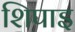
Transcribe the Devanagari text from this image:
शिपाइ